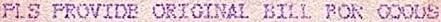
PLS PROVIDE ORIGINAL BILL FOR GOODS